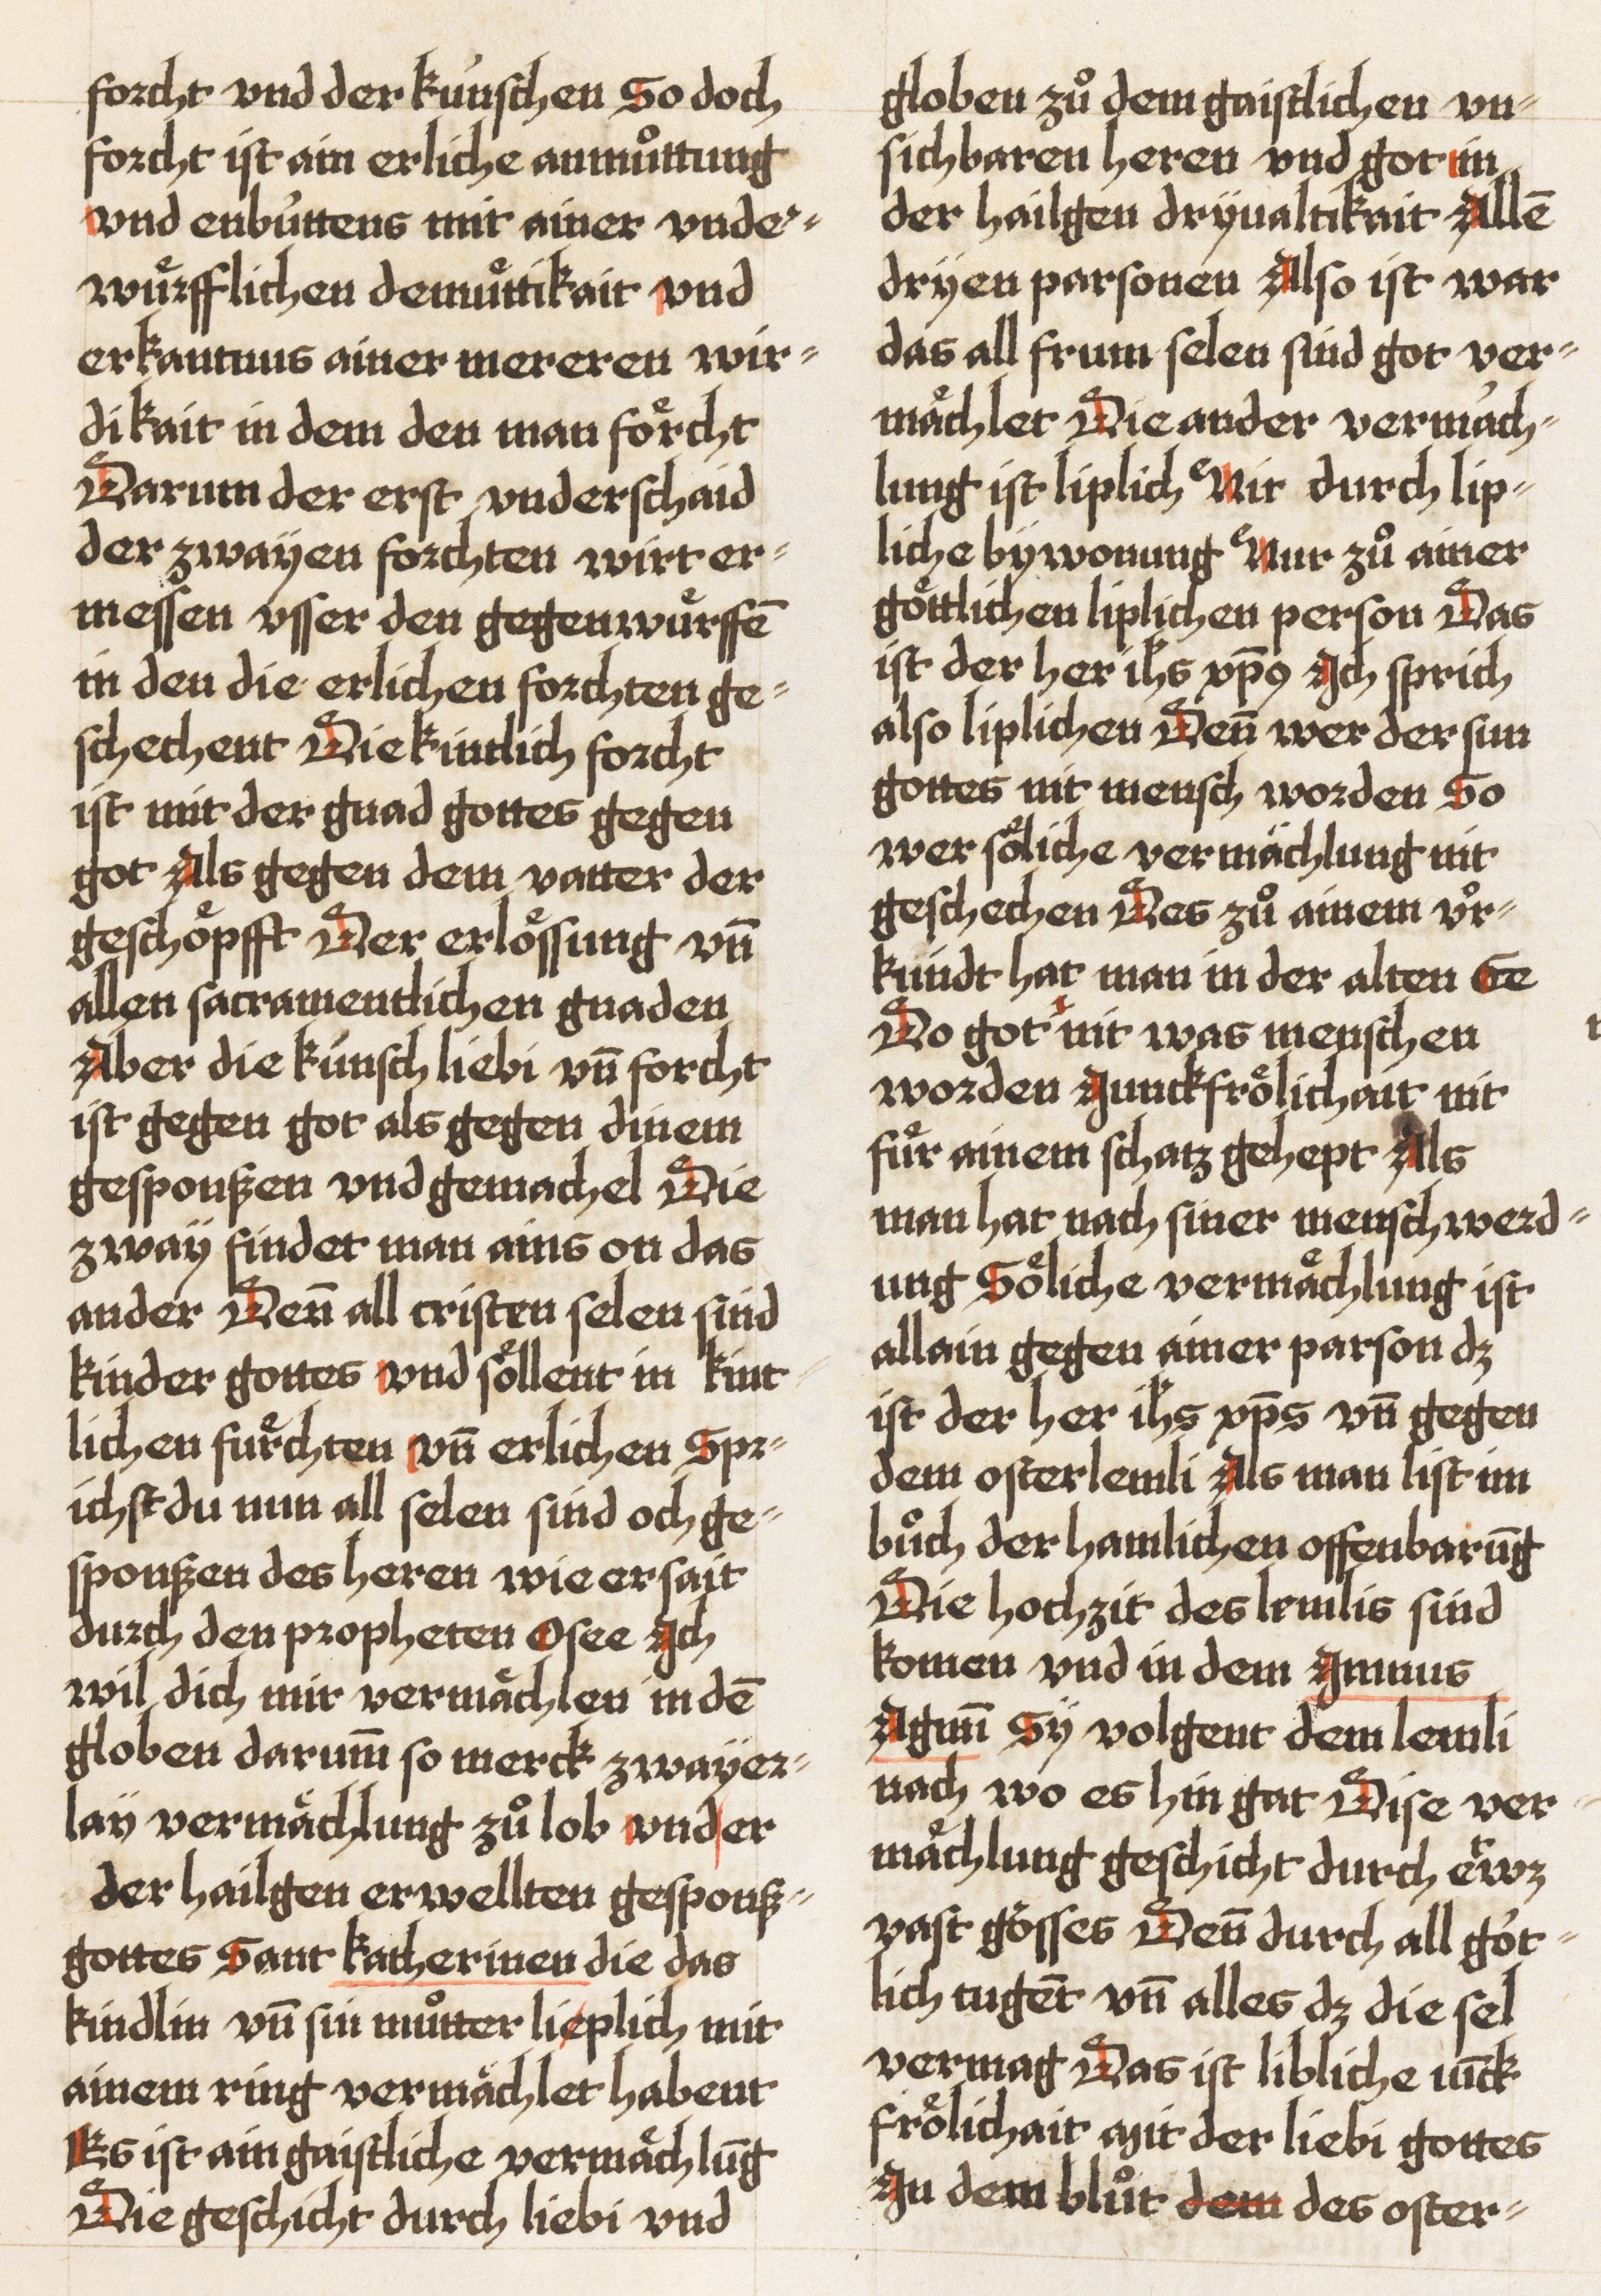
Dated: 1521–1522